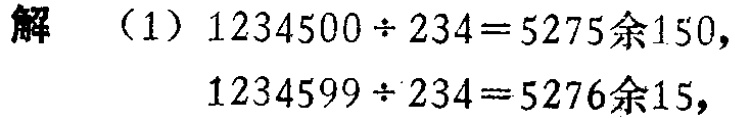
解

（1）\(1234500\div234 = 5275\)余\(150\)，

\(1234599\div234 = 5276\)余\(15\)，